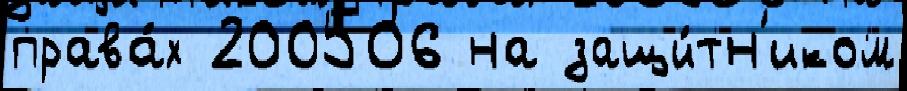
права́х 200506 на защи́тн'иком